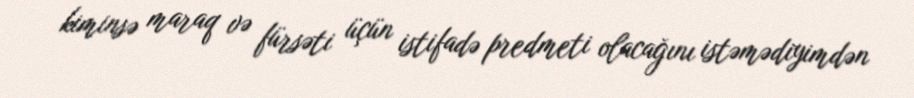
kiminsə maraq və fürsəti üçün istifadə predmeti olacağını istəmədiyimdən